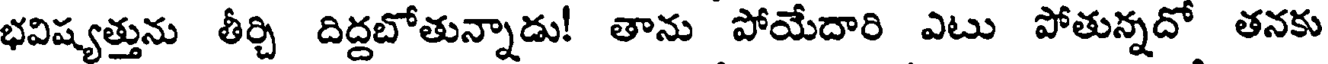
భవిష్యత్తును తీర్చి దిద్దబోతున్నాడు! తాను పోయేదారి ఎటు పోతున్నదో తనకు